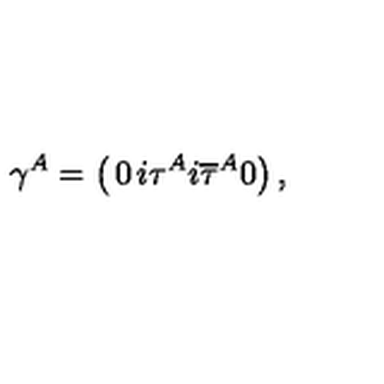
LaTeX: \gamma ^ { A } = \left( \begin{matrix} { 0 } & { i \tau ^ { A } } \\ { i { \overline { \tau } } ^ { A } } & { 0 } \\ \end{matrix} \right) ,